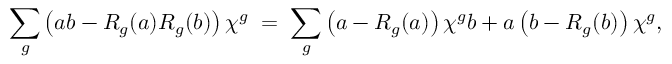
\sum _ { g } \left( a b - R _ { g } ( a ) R _ { g } ( b ) \right) \chi ^ { g } \; = \; \sum _ { g } \left( a - R _ { g } ( a ) \right) \chi ^ { g } b + a \left( b - R _ { g } ( b ) \right) \chi ^ { g } ,